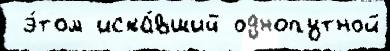
 э́том иска́вший однопутной